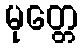
မုတ္တေ